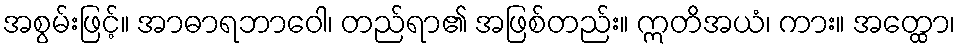
အစွမ်းဖြင့်။ အာဓာရဘာဝေါ၊ တည်ရာ၏ အဖြစ်တည်း။ ဣတိအယံ၊ ကား။ အတ္ထော၊